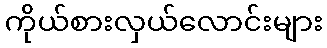
ကိုယ်စားလှယ်လောင်းများ